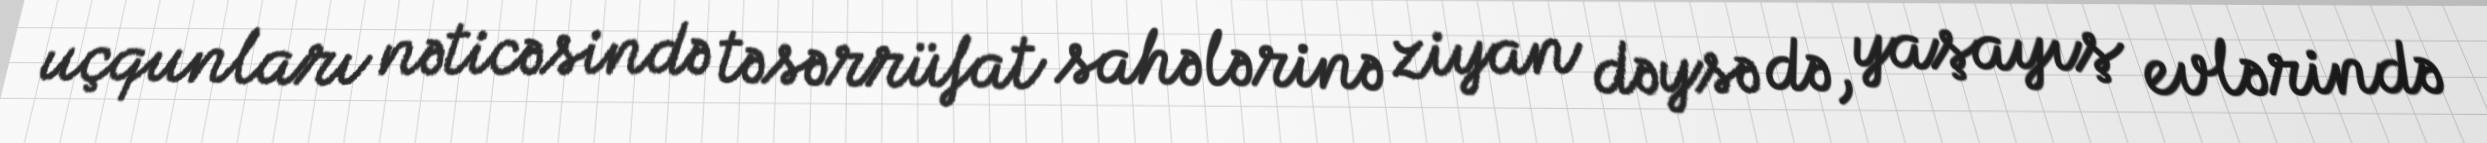
uçqunları nəticəsində təsərrüfat sahələrinə ziyan dəysə də, yaşayış evlərində